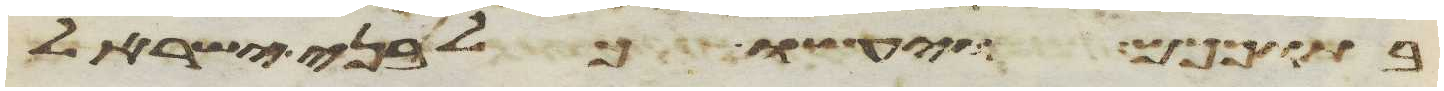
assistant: בתוככם ויעשו כל בני ישראל